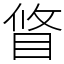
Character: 䀺